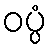
ဝပ္ပံ